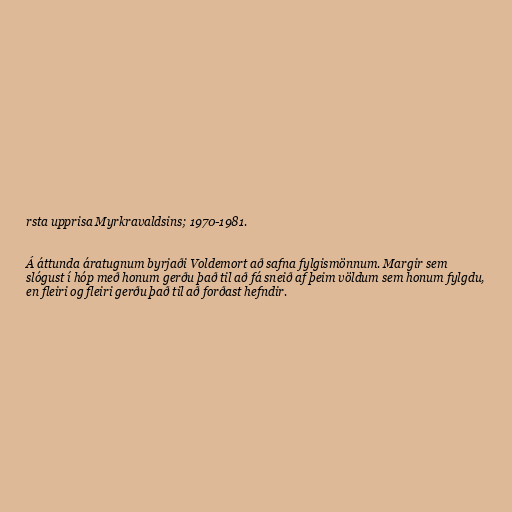
rsta upprisa Myrkravaldsins; 1970-1981.

Á áttunda áratugnum byrjaði Voldemort að safna fylgismönnum. Margir sem
slógust í hóp með honum gerðu það til að fá sneið af þeim völdum sem honum fylgdu,
en fleiri og fleiri gerðu það til að forðast hefndir.